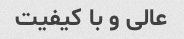
عالی و با کیفیت